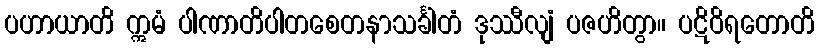
ပဟာယာတိ ဣမံ ပါဏာတိပါတစေတနာသင်္ခါတံ ဒုဿီလျံ ပဇဟိတွာ။ ပဋိဝိရတောတိ